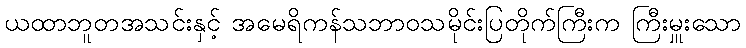
ယထာဘူတအသင်းနှင့် အမေရိကန်သဘာဝသမိုင်းပြတိုက်ကြီးက ကြီးမှူးသော